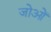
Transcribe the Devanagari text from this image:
जोओं